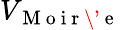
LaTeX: V_{\mathrm{~M~o~i~r~\' ~e~}}